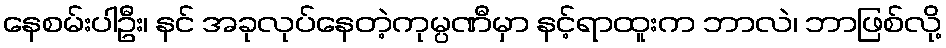
နေစမ်းပါဦး၊ နင် အခုလုပ်နေတဲ့ကုမ္ပဏီမှာ နင့်ရာထူးက ဘာလဲ၊ ဘာဖြစ်လို့